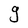
Character: g